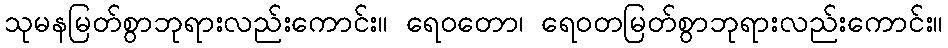
သုမနမြတ်စွာဘုရားလည်းကောင်း။ ရေဝတော၊ ရေဝတမြတ်စွာဘုရားလည်းကောင်း။